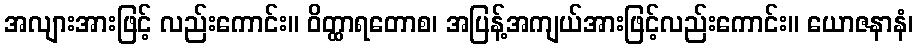
အလျားအားဖြင့် လည်းကောင်း။ ဝိတ္ထာရတောစ၊ အပြန့်အကျယ်အားဖြင့်လည်းကောင်း။ ယောဇနာနံ၊